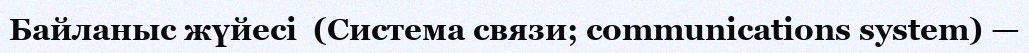
Байланыс жүйесі  (Система связи; communications system) —